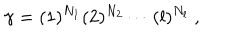
LaTeX: \gamma = ( 1 ) ^ { N _ { 1 } } ( 2 ) ^ { N _ { 2 } } \cdots ( l ) ^ { N _ { l } } ~ ,